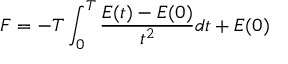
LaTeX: F = - T \int _ { 0 } ^ { T } { \frac { E ( t ) - E ( 0 ) } { t ^ { 2 } } } d t + E ( 0 )